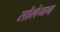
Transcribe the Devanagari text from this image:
सोलेमन